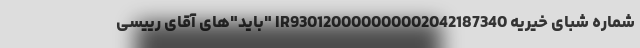
شماره شبای خیریه IR930120000000002042187340 "باید"‌های آقای رییسی